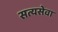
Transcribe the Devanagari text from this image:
सत्यसेवा